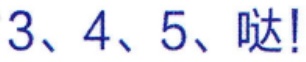
3、4、5、哒!